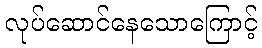
လုပ်ဆောင်နေသောကြောင့်